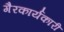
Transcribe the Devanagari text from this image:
गैरकार्यकारी